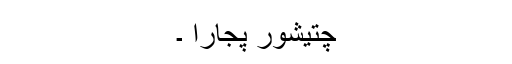
چتیشور پجارا ۔